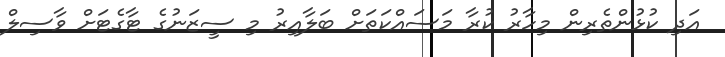
އަދި ކުޅުންތެރިން މިހާރު ކުރާ މަސައްކަތަށް ބަލާއިރު މި ސީޒަނުގެ ޓާގެޓަށް ވާސިލް